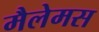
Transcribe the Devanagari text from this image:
मैलेमस